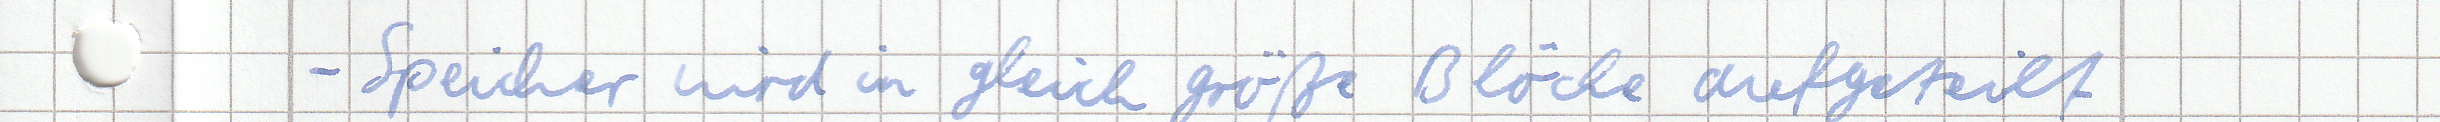
- Speicher wird in gleich größe Blöcke aufgeteilt